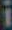
i